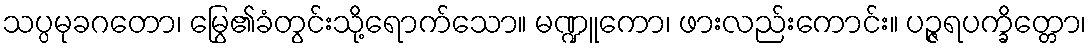
သပ္ပမုခဂတော၊ မြွေ၏ခံတွင်းသို့ရောက်သော။ မဏ္ဍူကော၊ ဖားလည်းကောင်း။ ပဉ္ဇရပက္ခိတ္တော၊